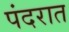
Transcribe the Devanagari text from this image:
पंदरात